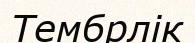
Тембрлік